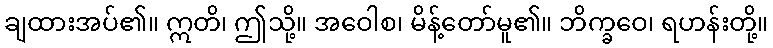
ချထားအပ်၏။ ဣတိ၊ ဤသို့။ အဝေါစ၊ မိန့်တော်မူ၏။ ဘိက္ခဝေ၊ ရဟန်းတို့။